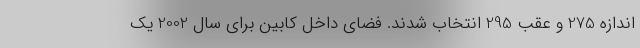
اندازه 275 و عقب 295 انتخاب شدند. فضای داخل کابین برای سال 2002 یک